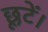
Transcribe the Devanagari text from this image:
छूटें।